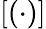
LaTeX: \left[(\cdot)\right]